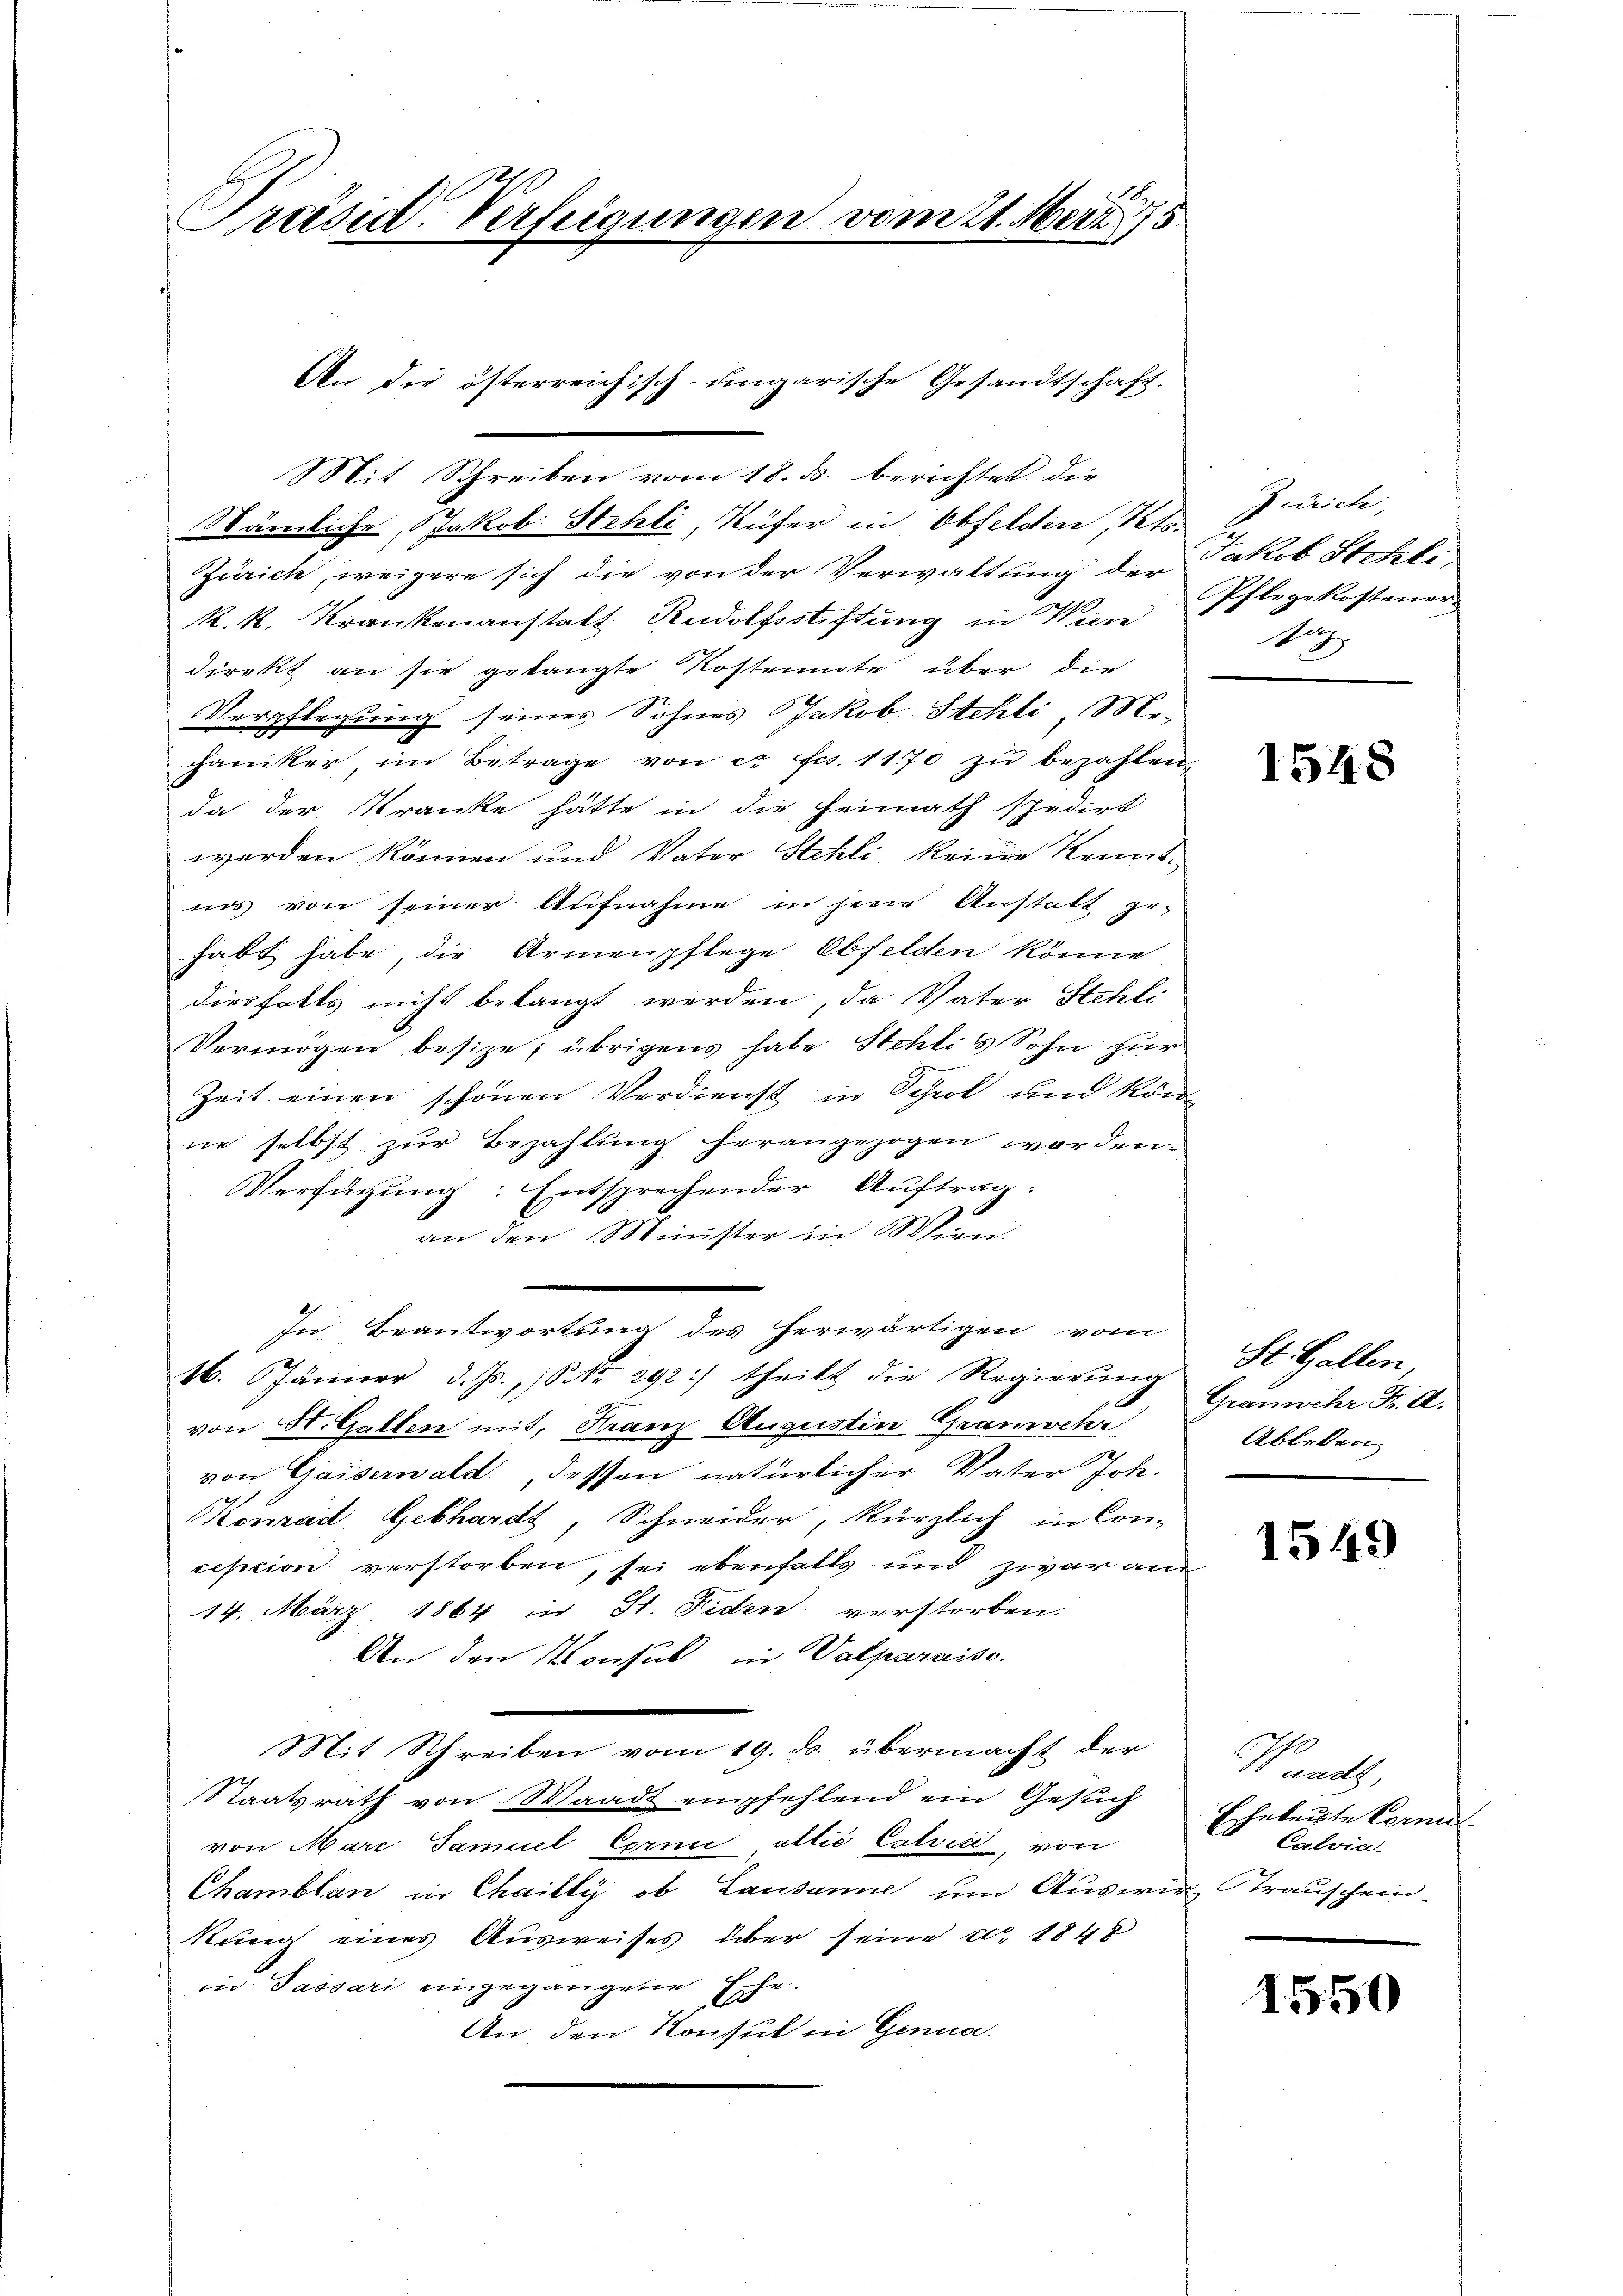
Präsid. Verfügungen vom 21. Mai 195

Mit Schreiben vom 18. ds. berichtet die
Nämliche, Jakob Stehli, Rüfer in Obfelden Pets.
Zürich, weigere sich die von der Verwaltung der Jakob Steht
R. k. Krankenanstatt Rudolfsstiftung in Wien
direkt an sie gelangte Kostennote über die
Verpflegung seines Sohnes Jakob Stehli, Me-
chaniker, im Betrage von c. fr. 1170 zu bezahlen,
da der Kranke hätte in die Heimath spedirt
werden können und Vater Stehli keine Kenntins von seiner Aufnahme in jene Anstalt ge-
habt habe, die Armenpflege Obfelden könne
diesfalls nicht belangt werden, da Vater Stehli
Vermögen besize; übrigens habe Stehlis Sohn zur
Zeit einen schönen Verdienst in Schrot und könne selbst zŭr Bezahlung herangezogen worden.
Verfügung: Entsprechender Auftrag:
an den Minister in Wien.
In Beantwortung des herwärtigen vom
16. Jänner d. Js., Nr. 292) theilt die Regierŭng
von St. Gallen mit, Franz Augustin Gramocka
von Gaiserwalt dessen natürlicher Vater Joh.
Konrad Gebhardt, Schneider, kürzlich in Con-
ception verstorben, sei ebenfalls und zwar am
14. März 1864 in St. Fiden verstorben.
An den Konsul in Valparaiss.
Mit Schreiben vom 19. ds. übermacht der
Staatsrath von Waadt empfehlend ein Gesuch
von Marc Samuel Cornii allié Calvić, von
Chamblan in Chailly, ob Lausanne um Auswir Trauschein-
kung eines Ausweises über seine d. 1848
in Passari eingegangene Ehe.
An den Konsul in Genua

An die österreichisch-ungarische Gesandtschaft.

Zürich,
Pflegekosteuer
No

1548

St. Gallen,
Granwehr Fr. A.
Ableben.

1549

N andes,
Eheleute Verm
E
Calvia.

1550